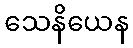
သေနိယေန